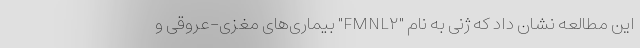
این مطالعه نشان داد که ژنی به نام "FMNL۲" بیماری‌های مغزی-عروقی و